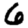
Digit: 6